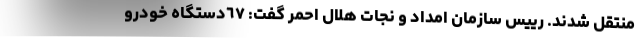
منتقل شدند. رییس سازمان امداد و نجات هلال احمر گفت: ٦٧دستگاه خودرو